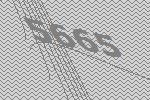
5665